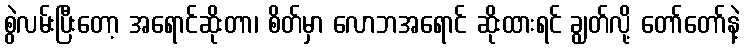
စွဲလမ်းပြီးတော့ အရောင်ဆိုးတာ၊ စိတ်မှာ လောဘအရောင် ဆိုးထားရင် ချွတ်လို့ တော်တော်နဲ့